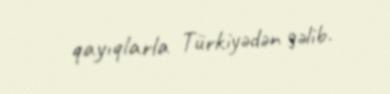
qayıqlarla Türkiyədən gəlib.